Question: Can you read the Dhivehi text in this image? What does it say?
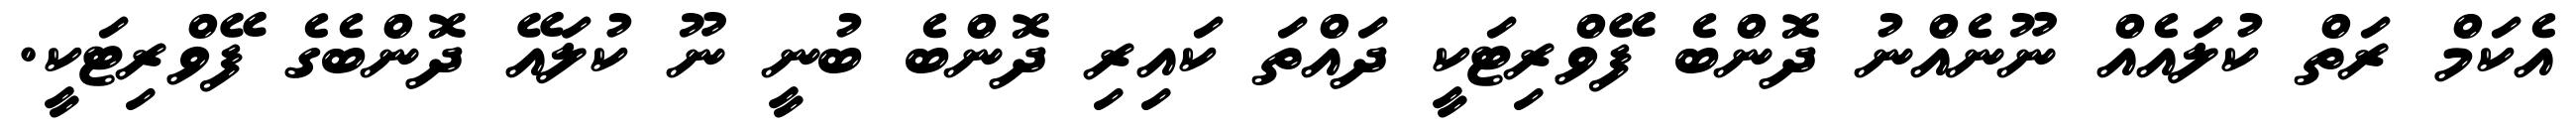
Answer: އެކަމް ރަތް ކުލައެއް ނޫނެއްނު ދޮންބެ ފޭވްރިޓަކީ ދައްތަ ކައިރި ދޮންބެ ބުނީ ނޫ ކުލައޭ ދޮންބެގެ ފޭވްރިޓަކީ.